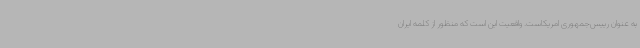
به عنوان رییس‌جمهوری امریکاست. واقعیت این است که منظور از کلمه ایران